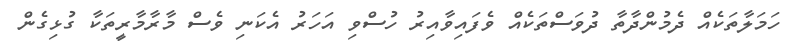
ހަމަލާތަކެއް ދެމުންދާތާ ދުވަސްތަކެއް ވެފައިވާއިރު ހުސްވި އަހަރު އެކަނި ވެސް މާރާމާރީތަކާ ގުޅިގެން